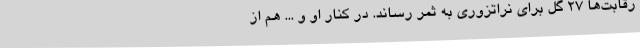
رقابت‌ها 27 گل برای نراتزوری به ثمر رساند. در کنار او و ... هم از